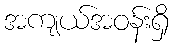
အကျယ်အဝန်းရှိ